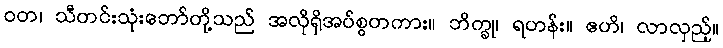
ဝတ၊ သီတင်းသုံးဘော်တို့သည် အလိုရှိအပ်စွတကား။ ဘိက္ခု၊ ရဟန်း။ ဧဟိ၊ လာလှည့်။